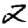
Digit: 2